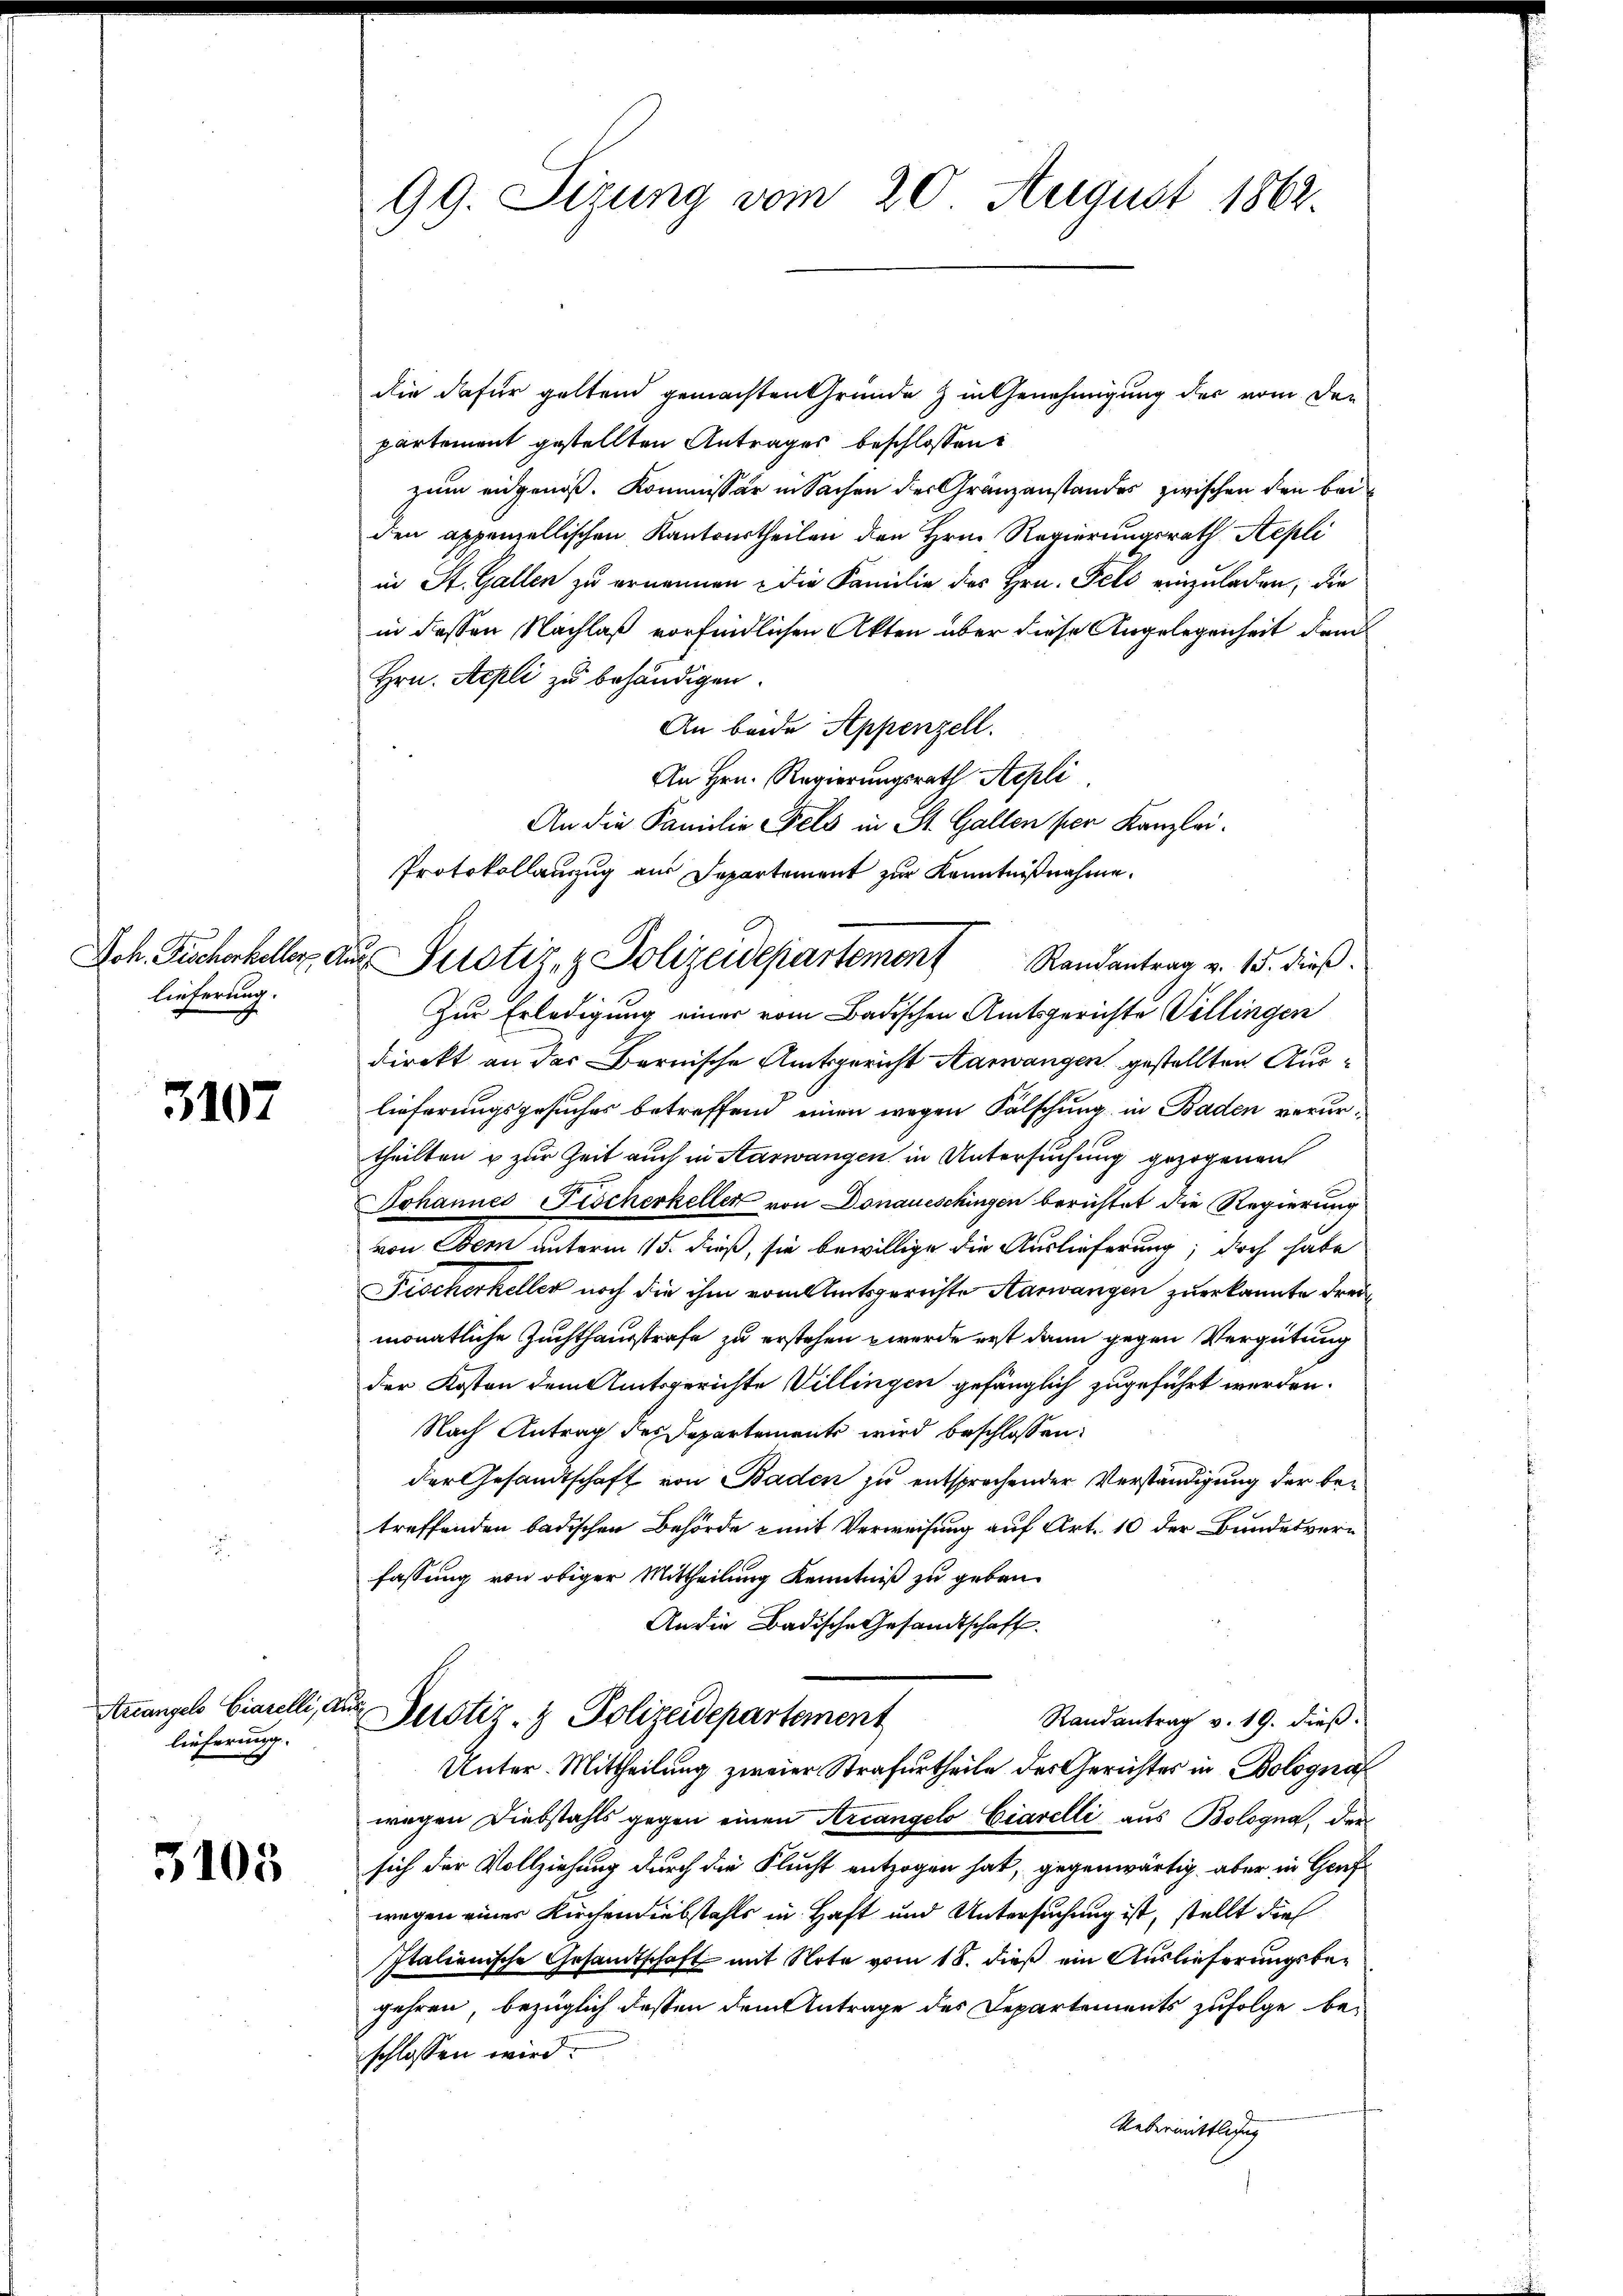
lieferung.

3107

Arrangelo Ciarelli, a
lieferung.

3105

99. Sizung vom 20. August 1862.

die dafür geltend gemachten Gründe & in Genehmigung der vom den
partement gestellten Antrages beschlossen:
zum eidgenoß. Kommissär in Sachen der Gränzanstandes zwischen den bei
den appenzellischen Kantonstheilen den Hrn. Regierungsrath Stepli
in St. Gallen zu ernennen, die Familie des Hrn. Feld einzuladen, die
in dessen Nachlaß vorfindlichen Akten über diese Angelegenheit dem
Hrn. Sepli zu behändigen.
An beide Appenzell.
An Hrn. Regierungsrath Appli
An die Familie Fels in St. Gallen per Kanzlei.
Protokollanzzug aus Departement zur Kenntnißnahme.
Zur Erledigung einer vom Badischen Amtsgerichte Villingen
direkt an der Bernische Amtsgericht Aarwangen gestellten Auslieferungsgesuches betreffend einen wegen Fälschung in Baden verurtheilten & zur Zeit auch in Aarwangen in Untersuchung gezogenen
Johannes Fischerkeller von Donaueschingen berichtet die Regierung
von Bern unterm 115. dieß, sie bewillige die Auslieferung; doch habe
Fischerheller noch die ihm vom Amtsgerichte Aarwangen zuerkannte drei
monatliche Zuchthausstrafe zu erstehen werde erst dann gegen Vergütung
der Kosten dem Amtsgerichte Villingen gefänglich zugeführt werden.
Nach Antrag des Departements wird beschlossen:
der Gesandtschaft von Baden zu entsprechender Verständigung der bei
treffenden badischen Behörde mit Verweisung auf Art. 10 der Bundesverfassung von obiger Mittheilung Kenntniß zu geben.
An die Badische Gesandtschaft.
.
Justiz- & Polizeidepartement
Randantrag v. 19. dieß.
Unter-Mittheilung zweier Strafurtheile des Gerichtes in Bolognaf
wegen Diebstahls gegen einen Arcangelo Ciarelli aus Bologna, dersich der Vollziehung durch die Flucht entzogen hat, gegenwärtig, aber in Genf
wegen einer Kirchendiebstahls in Haft und Untersuchung ist, stellt dies
Italienische Gesandtschaft mit Note vom 18. dieß ein Auslieferungsbegehren, bezüglich dessen dem Antrage des Departements zufolge be-
schlossen wird.
Uebermittlichung

Jch. Bucherheller auf Pustiz- & Polizeidepartemons Randantrag v. 15. dieß.